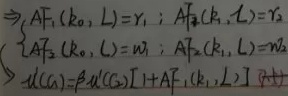
\[\begin{cases}
AF_{1}(k_{0},L)=r_{1} \\
AF_{2}(k_{1},L)=r_{2} \\
AF_{2}(k_{0},L)=w_{1} \\
AF_{2}(k_{1},L)=w_{2}
\end{cases}\rightarrow u'(c_{0})=\beta u'(c_{1})[1 + AF_{1}(k_{1},L)]\]